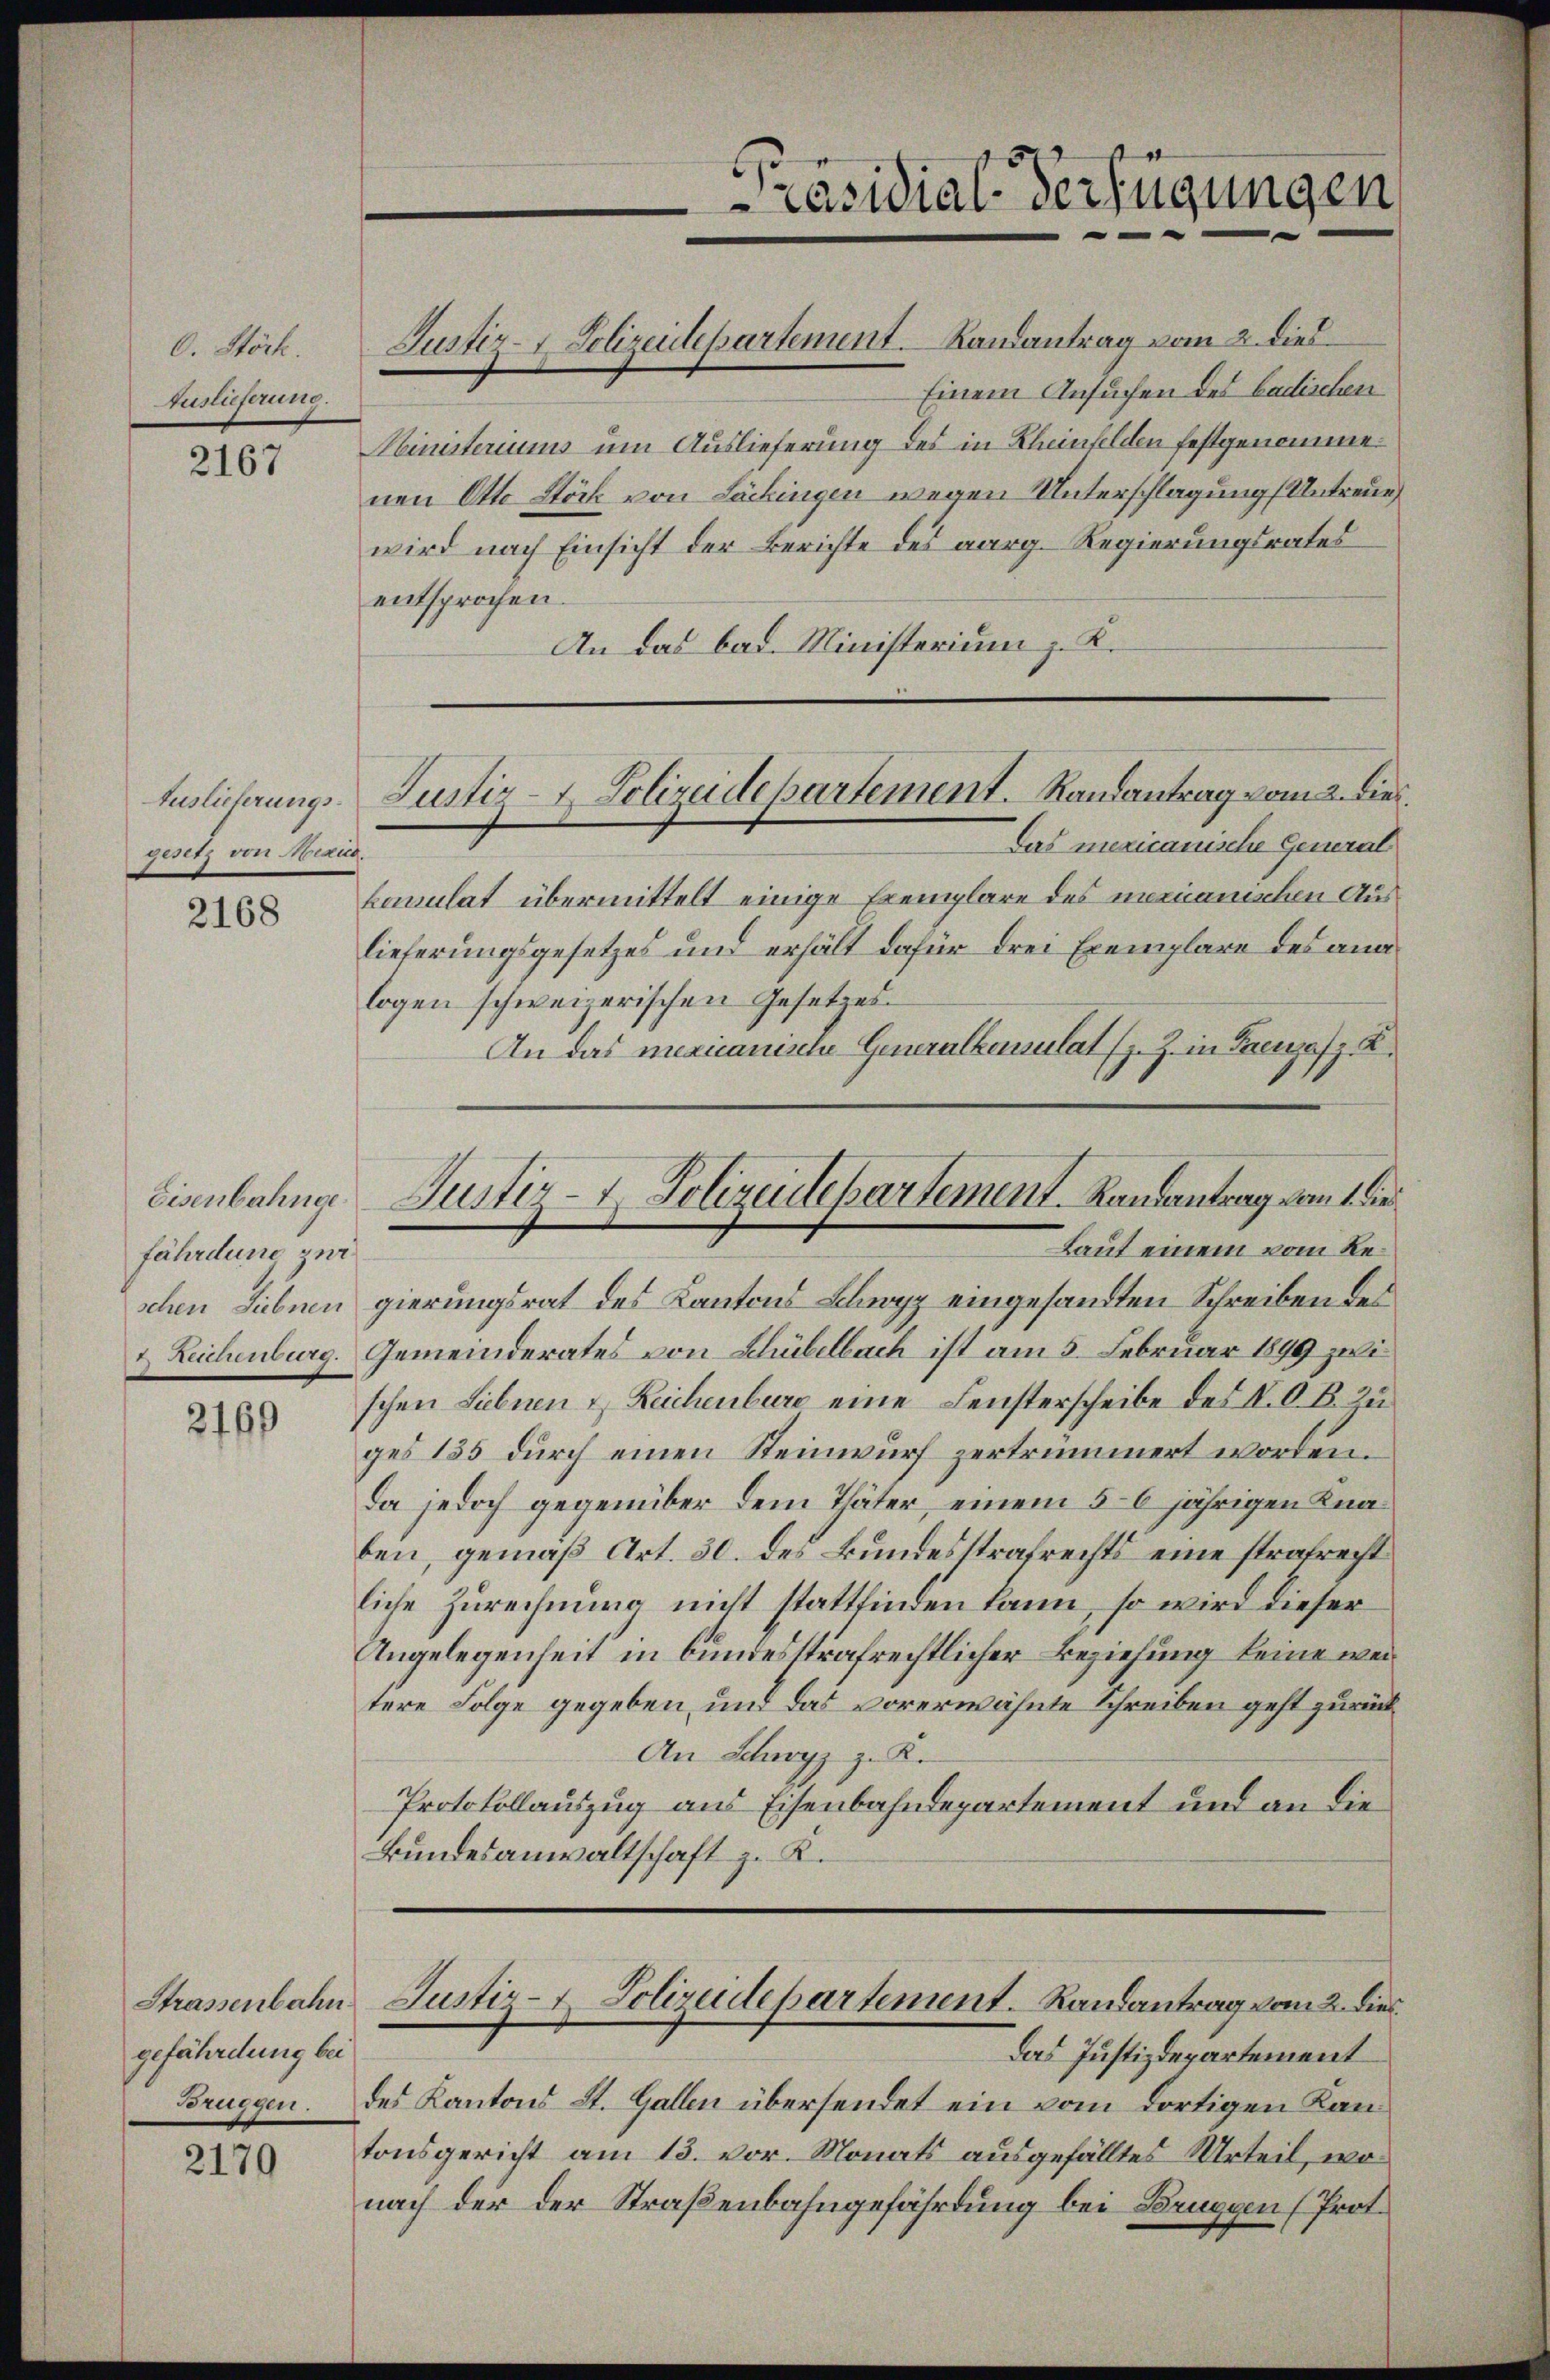
C. Stöck.
Auslieferung.

2167

Auslieferungsgesetz von Mexico.

2168

Eisenbahnge
fährdung zur
Reichenburg.

2160

Strassenbahn
gefährdung bei

2170

Einem Ansuchen des badischen
Ministeriums um Auslieferung des in Rheinfelden festgenommenen Otto Stöck von Lackingen wegen Unterschlagung (Untreue,
wird nach Einsicht der Berichte des aarg. Regierungsrates
entsprochen.
An das bad. Ministerium z. K.
Das mericanische General
kanulat übermittelt einige Exemplare des mexianischen Auslieferungsgesetzes und erhält dafür drei Exemplare des ang
logen schweizerischen Gesetzes
An das mexicanische Generalkonsulat (z. Z. in Grenzafz. R.
schen Siebnen gierungsrat des Kantons Schwyz eingesandten Schreiben des
Gemeinderates von Schübelbach ist am 5. Februar 1899 zwischen Siebnen & Reichenburg eine Fensterscheibe des I. O. B. Zuges 135 durch einen Steinwurf zertrümmert worden.
Da jedoch gegenüber dem Thäter, einem 5-6 jährigen Knaben, gemäß Art. 30. des Bundesstrafrechts eine strafrecht
liche Zurechnung nicht stattfinden kann, so wird dieser
Angelegenheit in bundesstrafrechtlicher Beziehung keine weitere Folge gegeben, und das vorerwähnte Schreiben geht zurück¬
An Schwyz z. K.
Protokollauszug aus Eisenbahndepartement und an die
Bundesanwaltschaft z. K.
Justiz- & Polizeidepartement. Randantrag vom 2. dies
Das Justizdepartement
Brüggen. Des Kantons St. Gallen übersendet ein vom dortigen Kantonsgericht am 13. vor. Monats ausgefälltes Urteil, wo
nach der der Straßenbahngefährdung bei Bruggen (Prot.

Justiz- & Polizeidepartement. Landantrag vom 2. dies

Cäsidial-Verfügungen
—

Justiz- & Polizeidepartement. Randantrag vom 2. die¬

Justiz- & Polizeidepartement. Randantrag vom 1. die
Laut einem vom Re¬